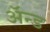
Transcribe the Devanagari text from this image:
ॲन्‍ड